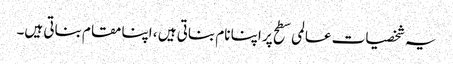
یہ شخصیات عالمی سطح پر اپنا نام بناتی ہیں ، اپنا مقام بناتی ہیں۔